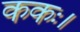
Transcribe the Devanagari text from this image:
ककः।